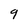
Character: 9